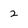
Character: 2